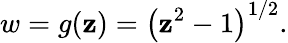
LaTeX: w=g(\mathbf{z})=\left(\mathbf{z}^{2}-1\right)^{1/2}.